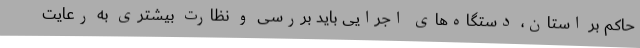
حاکم بر استان، دستگاه‌های اجرایی باید بررسی و نظارت بیشتری به رعایت